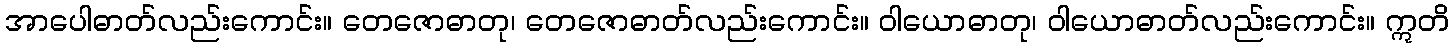
အာပေါဓာတ်လည်းကောင်း။ တေဇောဓာတု၊ တေဇောဓာတ်လည်းကောင်း။ ဝါယောဓာတု၊ ဝါယောဓာတ်လည်းကောင်း။ ဣတိ